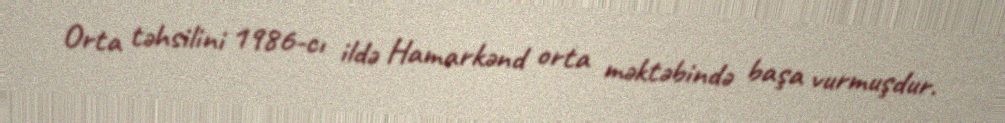
Orta təhsilini 1986-cı ildə Hamarkənd orta məktəbində başa vurmuşdur.